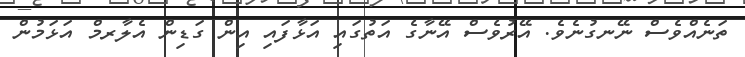
ތަނެއްވެސް ނޭނގުނެވެ. އޭރުވެސް އޭނާގެ އަތުގައި އަޅާފައި އިން ގަޑިން އެލާރމް އަޅަމުން